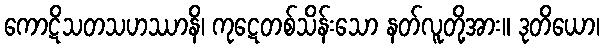
ကောဋိသတသဟဿာနိ၊ ကုဋေတစ်သိန်းသော နတ်လူတို့အား။ ဒုတိယော၊